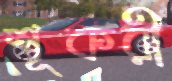
শূকরী